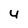
Character: 4